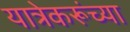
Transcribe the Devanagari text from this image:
यात्रेकरूंच्या